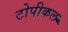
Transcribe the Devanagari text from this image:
टोपीकल